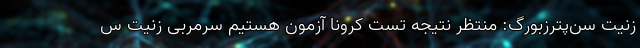
زنیت سن‌پترزبورگ: منتظر نتیجه تست کرونا آزمون هستیم سرمربی زنیت س